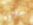
حلاوة